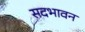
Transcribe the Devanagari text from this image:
सदभावन